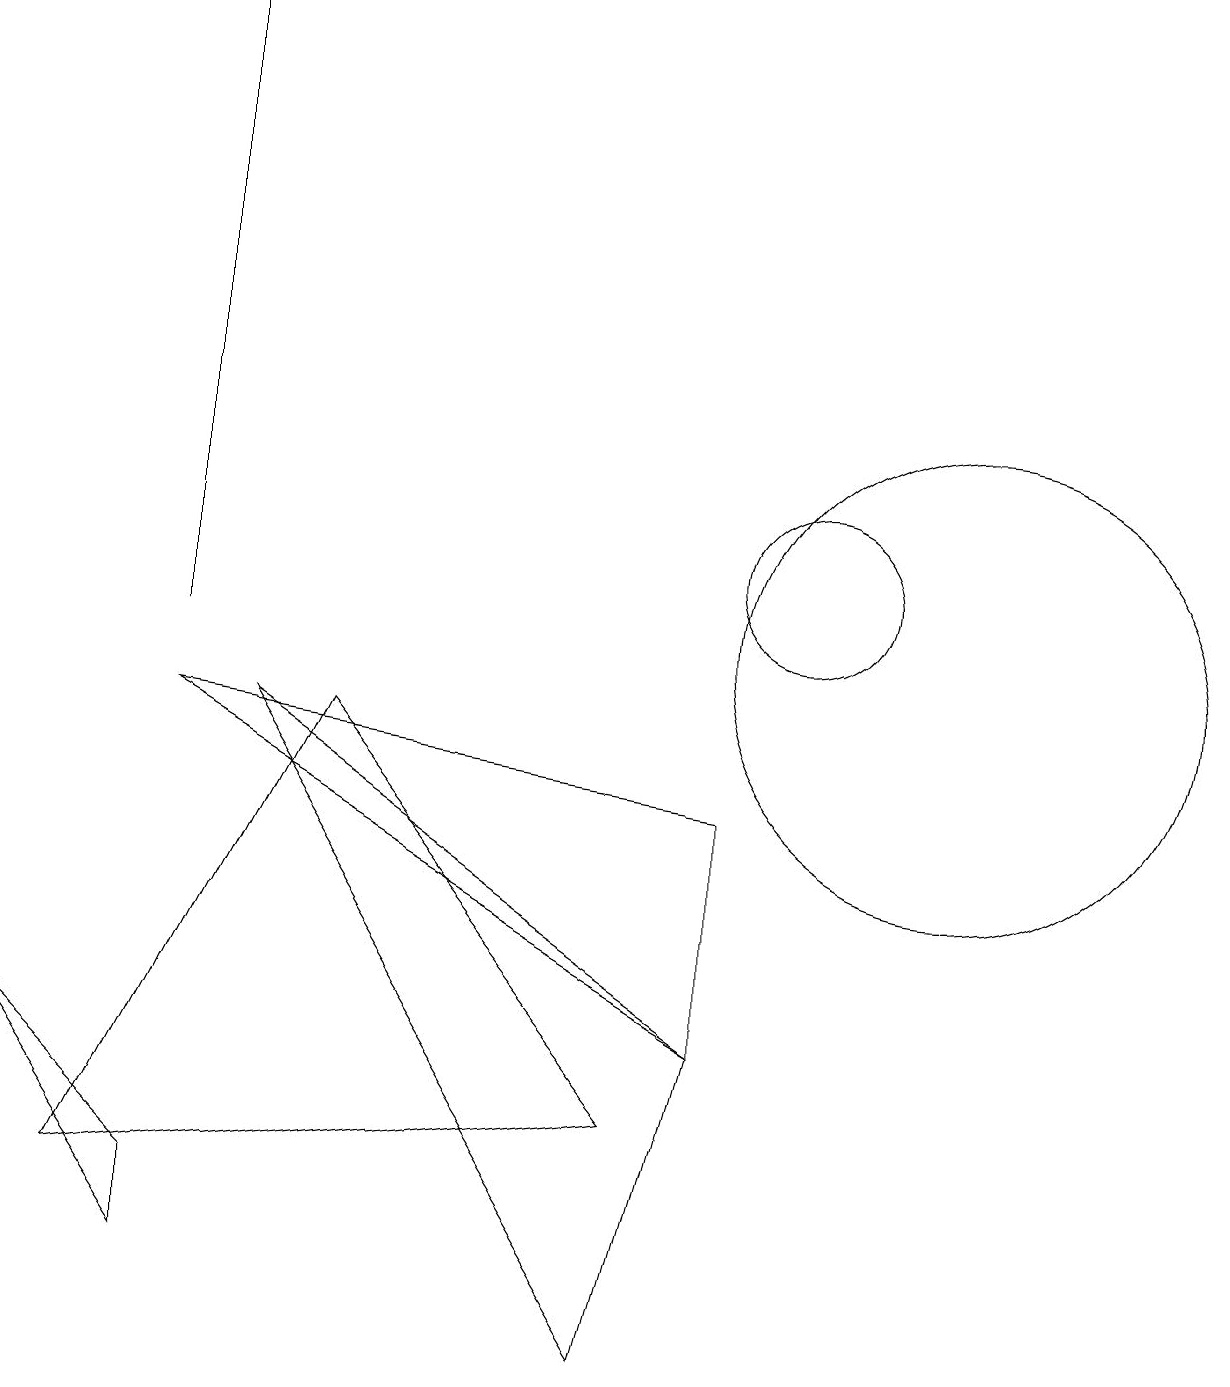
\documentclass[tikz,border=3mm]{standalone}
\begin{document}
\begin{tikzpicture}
\draw (10,11) circle (1);
\draw (12,10) circle (3);
\draw (9,8) -- (9,5) -- (2,9) -- cycle;
\draw (1,3) -- (4,9) -- (8,4) -- cycle;
\draw (3,9) -- (8,1) -- (9,5) -- cycle;
\draw (2,2) -- (2,3) -- (0,5) -- cycle;
\draw (2,10) rectangle (2,18);
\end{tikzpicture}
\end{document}